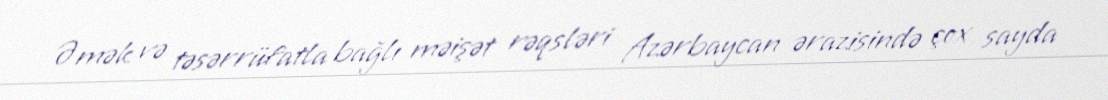
Əmək və təsərrüfatla bağlı məişət rəqsləri Azərbaycan ərazisində çox sayda